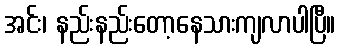
အင်း၊ နည်းနည်းတော့နေသားကျလာပါပြီ။